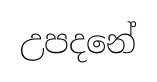
උපදනේ